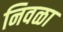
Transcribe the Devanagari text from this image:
निवळा